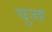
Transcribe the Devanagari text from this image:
घुज्ज़